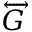
\overleftrightarrow { G }